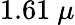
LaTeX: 1.61~\mu